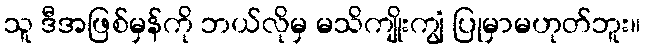
သူ ဒီအဖြစ်မှန်ကို ဘယ်လိုမှ မသိကျိုးကျွံ ပြုမှာမဟုတ်ဘူး။